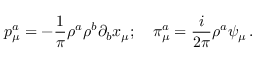
p _ { \mu } ^ { a } = - \frac { 1 } { \pi } \rho ^ { a } \rho ^ { b } \partial _ { b } x _ { \mu } ; \quad \pi _ { \mu } ^ { a } = \frac { i } { 2 \pi } \rho ^ { a } \psi _ { \mu } \, .